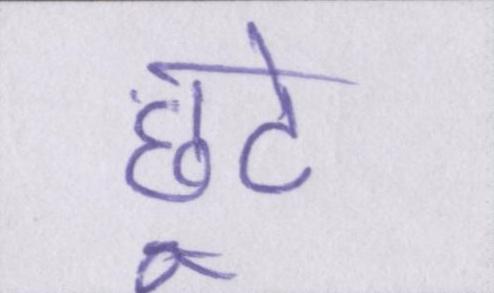
छूटे